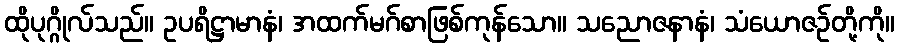
ထိုပုဂ္ဂိုလ်သည်။ ဥပရိဋ္ဌာမာနံ၊ အထက်မဂ်စာဖြစ်ကုန်သော။ သညောဇနာနံ၊ သံယောဇဉ်တို့ကို။